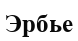
Эрбье